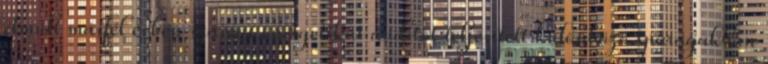
el­múlt más­fél év­ben szá­mos ener­ge­ti­kai au­di­tot tel­je­sí­tett kü­lön­bö­ző ipar­ágak­ban